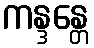
ကန္ဒန္တေ